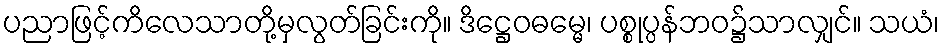
ပညာဖြင့်ကိလေသာတို့မှလွတ်ခြင်းကို။ ဒိဋ္ဌေဝဓမ္မေ၊ ပစ္စုပ္ပန်ဘဝ၌သာလျှင်။ သယံ၊